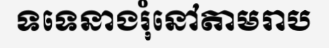
ទទេនាងរុំនៅតាមរាប